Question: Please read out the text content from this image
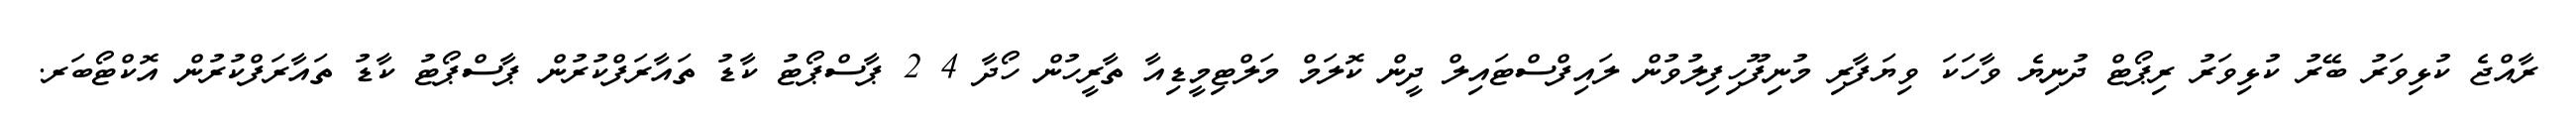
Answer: ރާއްޖެ ކުޅިވަރު ބޭރު ކުޅިވަރު ރިޕޯޓް ދުނިޔެ ވާހަކަ ވިޔަފާރި މުނިފޫހިފިލުވުން ލައިފްސްޓައިލް ދީން ކޮލަމް މަލްޓިމީޑިއާ ތާރީހުން ހޯދާ 4 2 ޕާސްޕޯޓު ކާޑު ތައާރަފްކުރުން ޕާސްޕޯޓު ކާޑު ތައާރަފްކުރުން އޮކްޓޯބަރ.